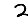
Digit: 2